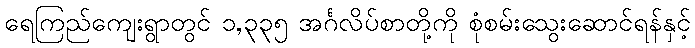
ရေကြည်ကျေးရွာတွင် ၁,၃၃၅ အင်္ဂလိပ်စာတို့ကို စုံစမ်းသွေးဆောင်ရန်နှင့်